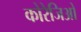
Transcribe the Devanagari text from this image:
कोरेजिओ